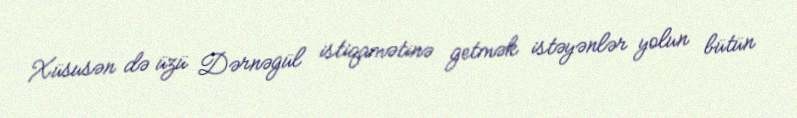
Xüsusən də üzü Dərnəgül istiqamətinə getmək istəyənlər yolun bütün